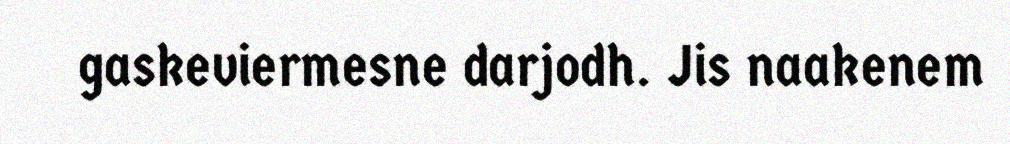
gaskeviermesne darjodh. Jis naakenem